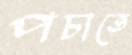
পচাতে